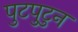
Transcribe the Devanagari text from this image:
पुटपुटुन